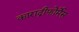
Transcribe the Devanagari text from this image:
काराद्रीफोर्मेस